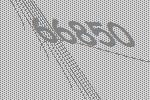
66850